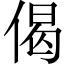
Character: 偈